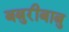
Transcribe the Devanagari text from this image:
बबुरीबाबु